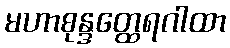
မဟာစုန္ဒတ္ထေရဂါထာ